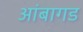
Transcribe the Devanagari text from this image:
आंबागड